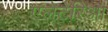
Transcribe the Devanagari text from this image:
एलेटेरिआ